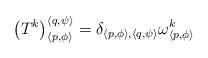
LaTeX: \begin{align*}\left( T^{k}\right) _{\left\langle p,\phi \right\rangle }^{\left\langle q,\psi \right\rangle }=\delta _{\left\langle p,\phi \right\rangle ,\left\langle q,\psi \right\rangle }\omega _{\left\langle p,\phi \right\rangle }^{k}\end{align*}